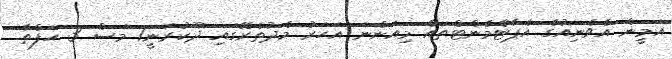
އަމީން އެވެނިއުގެ އެޕާޓްމެންޓްތައް މިއަންނަ އަހަރު މެދުތެރޭގައި ދޫކުރަނީ1 މަސް 3 ހަފްތާ